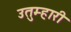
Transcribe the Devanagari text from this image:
उतुम्हारी